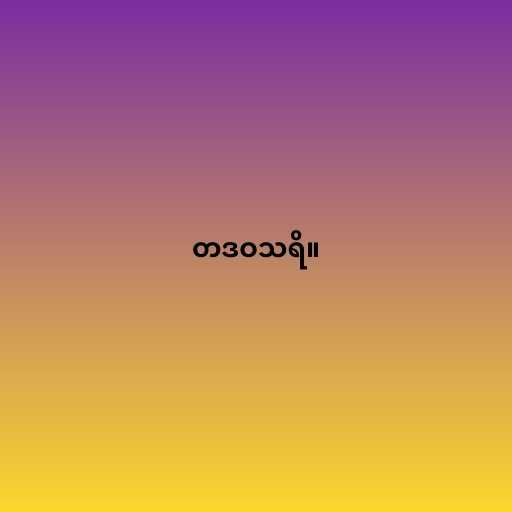
တဒဝသရိ။